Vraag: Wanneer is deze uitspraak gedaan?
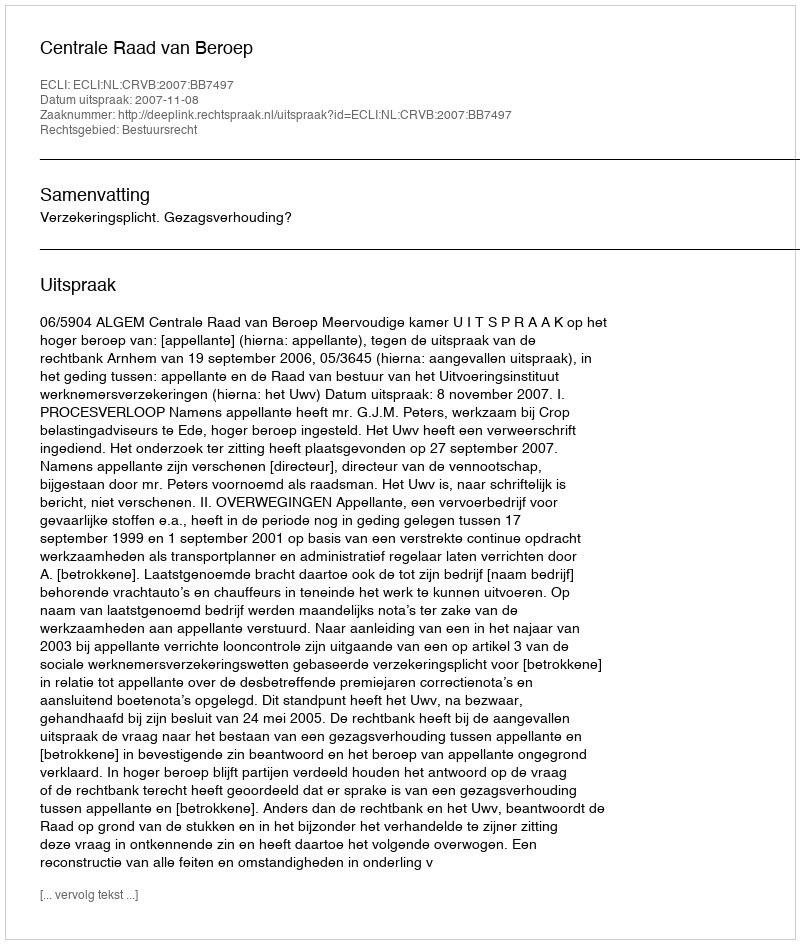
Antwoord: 2007-11-08